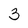
Character: 3